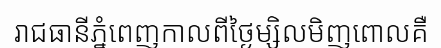
រាជធានីភ្នំពេញកាលពីថ្ងៃម្សិលមិញពោលគឺ